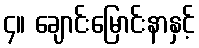
၄။ ချောင်းမြောင်းနာနှင့်